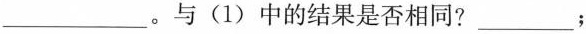
___。与(1)中的结果是否相同?___；